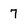
Character: 7